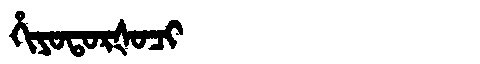
Manchu: ᡥᡳᠶᠣᡨᠣᡵᡧᠣᠴᡳ
Romanization: HIYOTORŠOCI